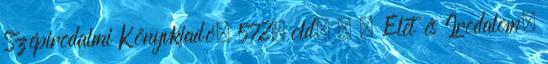
Szépirodalmi Könyvkiadó, 572. old. . = Élet és Irodalom.